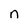
Character: n